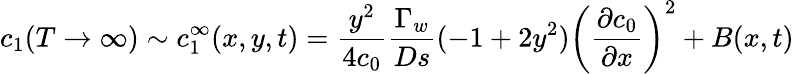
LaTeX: c_{1}(T\rightarrow\infty)\sim c_{1}^{\infty}(x,y,t)=\frac{y^{2}}{4c_{0}}\frac{\Gamma_{w}}{Ds}(-1+2y^{2})\left(\frac{\partial c_{0}}{\partial x}\right)^{2}+B(x,t)